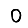
Digit: 0